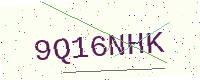
Text: 9Q16NHK